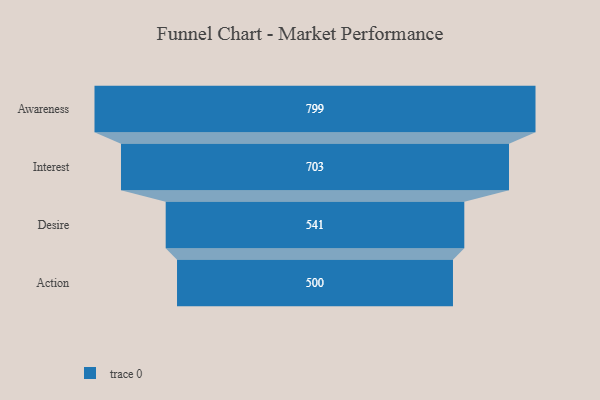
{"axis": {"x": "Stage", "y": "Value"}, "legend": [""], "data": [{"x": "Awareness", "y": 799.0, "type": ""}, {"x": "Interest", "y": 703.0, "type": ""}, {"x": "Desire", "y": 541.0, "type": ""}, {"x": "Action", "y": 500, "type": ""}]}